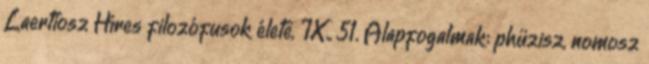
Laertiosz Híres filozófusok élete, IX., 51. Alapfogalmak: phüzisz, nomosz